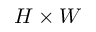
H \times W